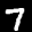
Label: 7